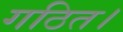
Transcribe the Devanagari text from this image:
गठित।